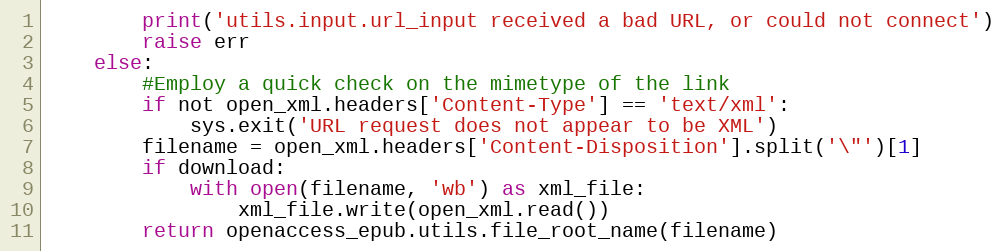
Language: Python
        print('utils.input.url_input received a bad URL, or could not connect')
        raise err
    else:
        #Employ a quick check on the mimetype of the link
        if not open_xml.headers['Content-Type'] == 'text/xml':
            sys.exit('URL request does not appear to be XML')
        filename = open_xml.headers['Content-Disposition'].split('\"')[1]
        if download:
            with open(filename, 'wb') as xml_file:
                xml_file.write(open_xml.read())
        return openaccess_epub.utils.file_root_name(filename)